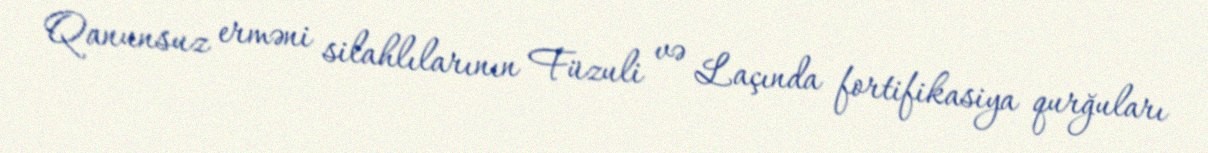
Qanunsuz erməni silahlılarının Füzuli və Laçında fortifikasiya qurğuları